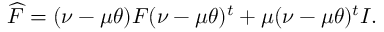
\widehat F = ( \nu - \mu \theta ) F ( \nu - \mu \theta ) ^ { t } + \mu ( \nu - \mu \theta ) ^ { t } I .